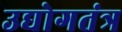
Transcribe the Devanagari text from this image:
उद्योगतंत्र